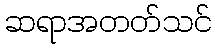
ဆရာအတတ်သင်